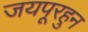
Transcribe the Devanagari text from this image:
जयपूरहुन